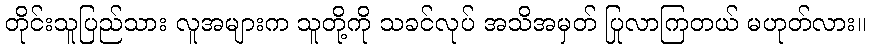
တိုင်းသူပြည်သား လူအများက သူတို့ကို သခင်လုပ် အသိအမှတ် ပြုလာကြတယ် မဟုတ်လား။